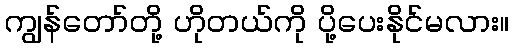
ကျွန်တော်တို့ ဟိုတယ်ကို ပို့ပေးနိုင်မလား။